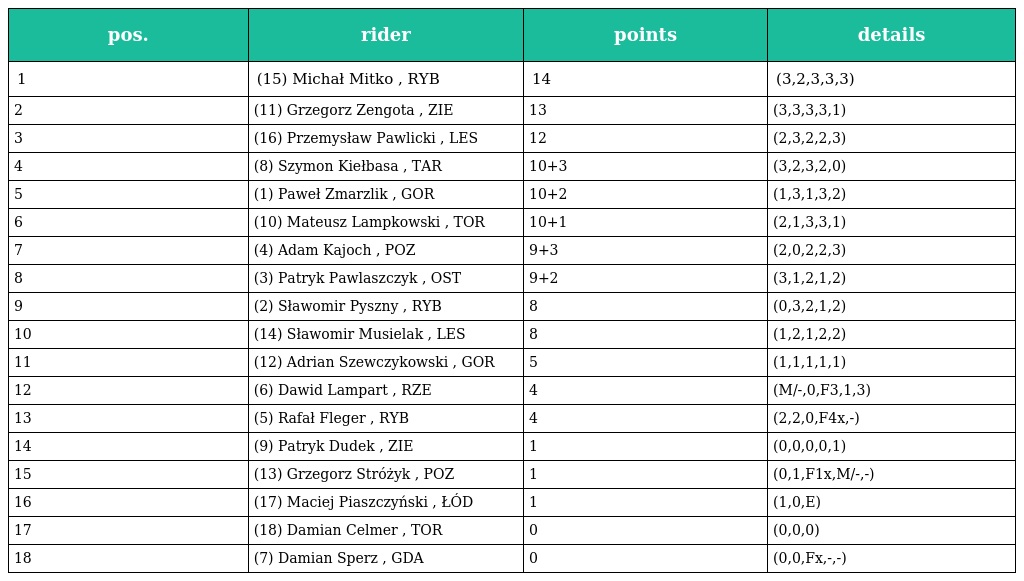
| pos. | rider | points | details |
 | --- | --- | --- | --- |
 | 1 | (15) Michał Mitko , RYB | 14 | (3,2,3,3,3) |
 | 2 | (11) Grzegorz Zengota , ZIE | 13 | (3,3,3,3,1) |
 | 3 | (16) Przemysław Pawlicki , LES | 12 | (2,3,2,2,3) |
 | 4 | (8) Szymon Kiełbasa , TAR | 10+3 | (3,2,3,2,0) |
 | 5 | (1) Paweł Zmarzlik , GOR | 10+2 | (1,3,1,3,2) |
 | 6 | (10) Mateusz Lampkowski , TOR | 10+1 | (2,1,3,3,1) |
 | 7 | (4) Adam Kajoch , POZ | 9+3 | (2,0,2,2,3) |
 | 8 | (3) Patryk Pawlaszczyk , OST | 9+2 | (3,1,2,1,2) |
 | 9 | (2) Sławomir Pyszny , RYB | 8 | (0,3,2,1,2) |
 | 10 | (14) Sławomir Musielak , LES | 8 | (1,2,1,2,2) |
 | 11 | (12) Adrian Szewczykowski , GOR | 5 | (1,1,1,1,1) |
 | 12 | (6) Dawid Lampart , RZE | 4 | (M/-,0,F3,1,3) |
 | 13 | (5) Rafał Fleger , RYB | 4 | (2,2,0,F4x,-) |
 | 14 | (9) Patryk Dudek , ZIE | 1 | (0,0,0,0,1) |
 | 15 | (13) Grzegorz Stróżyk , POZ | 1 | (0,1,F1x,M/-,-) |
 | 16 | (17) Maciej Piaszczyński , ŁÓD | 1 | (1,0,E) |
 | 17 | (18) Damian Celmer , TOR | 0 | (0,0,0) |
 | 18 | (7) Damian Sperz , GDA | 0 | (0,0,Fx,-,-) |